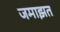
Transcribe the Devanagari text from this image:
जमाझत